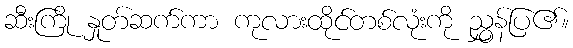
ဆီးကြို နှုတ်ဆက်ကာ ကုလားထိုင်တစ်လုံးကို ညွှန်ပြ၏။